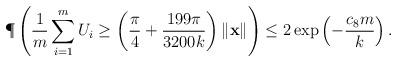
LaTeX: \begin{align*}\P\left( \frac{1}{m}\sum_{i=1}^m U_i \geq \left(\frac{\pi}{4}+\frac{199\pi}{3200k}\right)\|\mathbf{x}\| \right)\leq 2\exp\left(-\frac{c_8m}{k}\right).\end{align*}